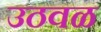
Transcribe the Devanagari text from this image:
उठवळ